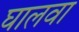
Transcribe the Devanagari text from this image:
घालवा